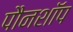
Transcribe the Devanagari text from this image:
पौनशॉप